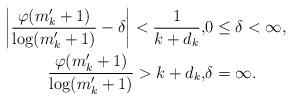
LaTeX: \begin{align*}\left| \frac{\varphi(m'_k+1)}{\log (m'_k+1)} - \delta \right| < \frac 1{k+d_k}, & 0 \le \delta < \infty,\\\frac{\varphi(m'_k+1)}{\log (m'_k+1)} > k+d_k, & \delta = \infty.\end{align*}